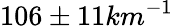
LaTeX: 106\pm 11km^{-1}